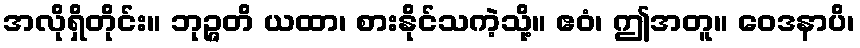
အလိုရှိတိုင်း။ ဘုဉ္ဇတိ ယထာ၊ စားနိုင်သကဲ့သို့။ ဧဝံ၊ ဤအတူ။ ဝေဒနာပိ၊